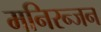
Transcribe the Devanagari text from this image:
मनिरन्जन